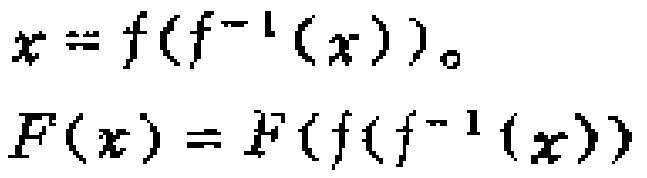
\[

x = f(f^{-1}(x))。

\]

\[

F(x) = F(f(f^{-1}(x)))

\]